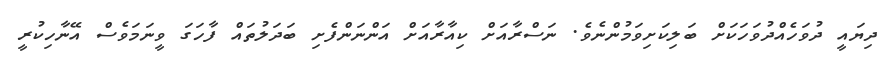
ދިޔައީ ދުވަހެއްދުވަހަކަށް ބަލިކަށިވަމުންނެވެ. ނަސްރާއަށް ކިއާރާއަށް އަންނަންފެށި ބަދަލުތައް ފާހަގަ ވީނަމަވެސް އޭނާހިކުރީ